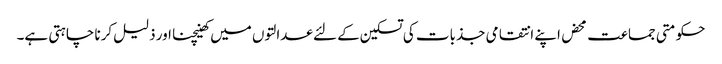
حکومتی جماعت محض اپنے انتقامی جذبات کی تسکین کے لئے عدالتوں میں کھینچنا اور ذلیل کرنا چاہتی ہے۔